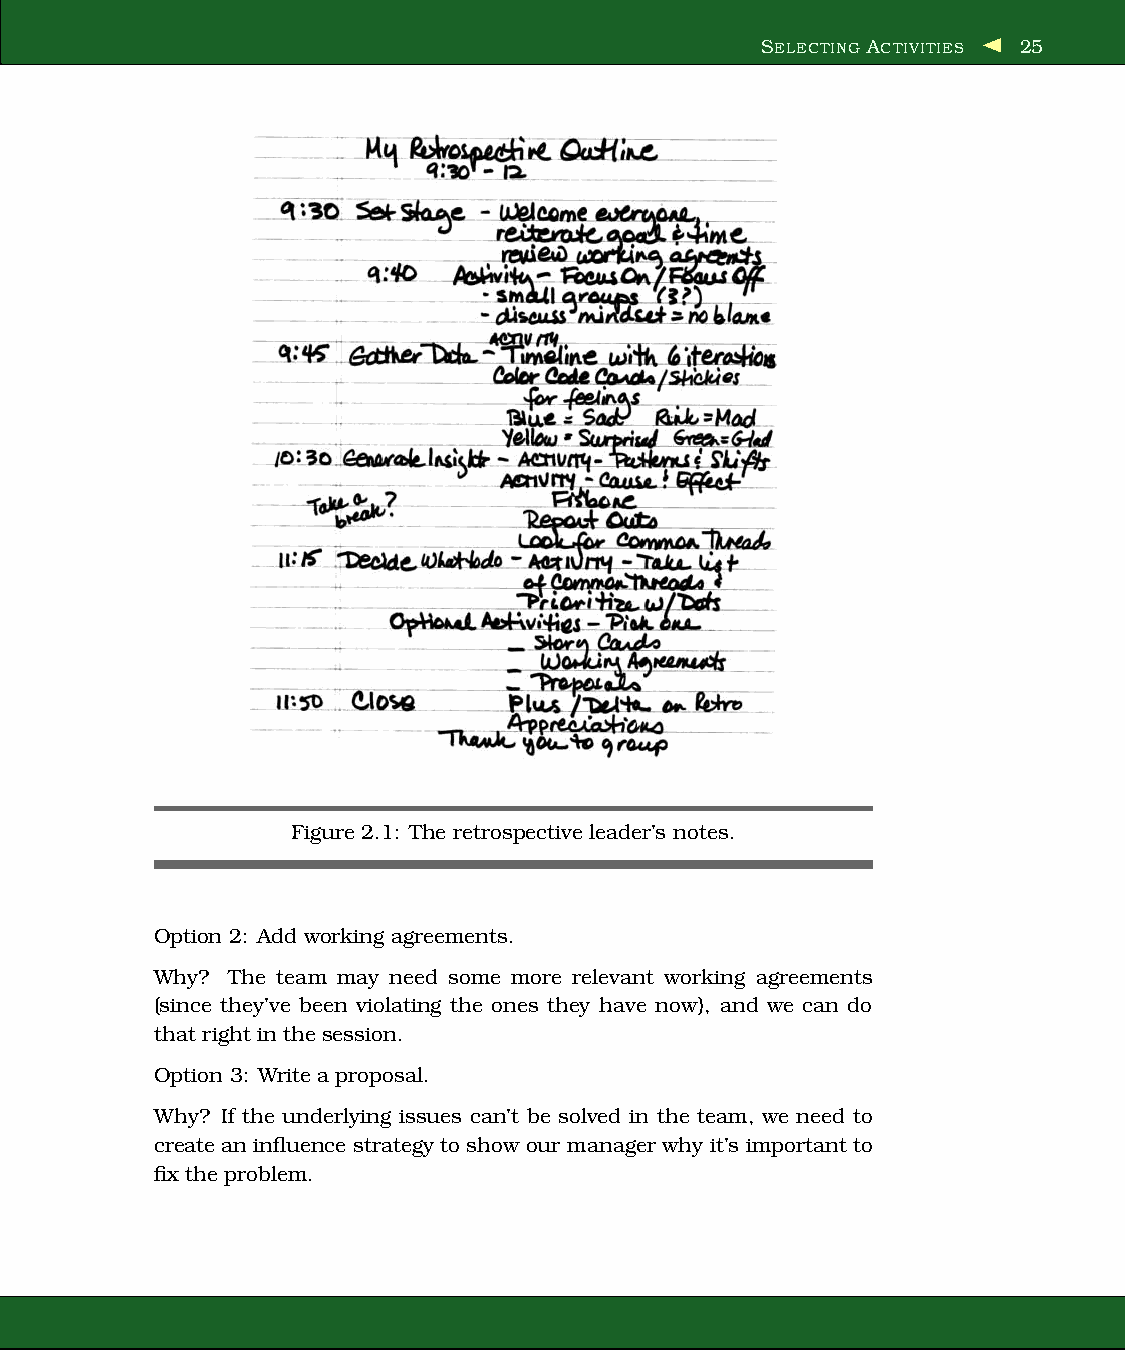
SELECTING ACTIVITIES 25
 Figure 2.1: The retrospective leader’s notes.
 Option 2: Add working agreements.
 Why? The team may need some more relevant working agreements
 (since they’ve been violating the ones they have now), and we can do
 that right in the session.
 Option 3: Writea proposal.
 Why? If the underlying issues can’t be solved in the team, we need to
 createan influence strategy toshow our manager why it’s important to
 fix the problem.